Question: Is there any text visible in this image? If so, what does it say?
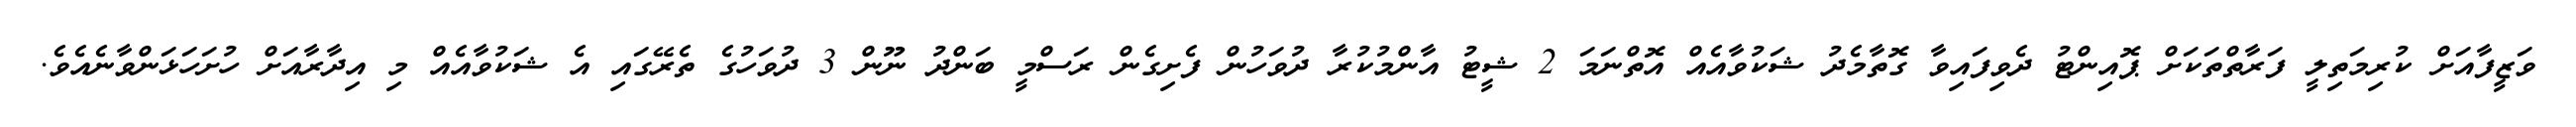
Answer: ވަޒީފާއަށް ކުރިމަތިލީ ފަރާތްތަކަށް ޕޮއިންޓު ދެވިފައިވާ ގޮތާމެދު ޝަކުވާއެއް އޮތްނަމަ 2 ޝީޓު އާންމުކުރާ ދުވަހުން ފެށިގެން ރަސްމީ ބަންދު ނޫން 3 ދުވަހުގެ ތެރޭގައި އެ ޝަކުވާއެއް މި އިދާރާއަށް ހުށަހަޅަންވާނެއެވެ.